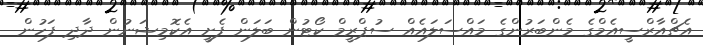
އެޗްއާރްސީއެމްގެ މެންބަރުންގެ މައްސަލައެއް ސުޕްރީމް ކޯޓުން ބަލަން ފެށީ އެކޮމިޝަނުން ދާދި ފަހުން